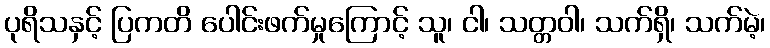
ပုရိသနှင့် ပြကတိ ပေါင်းဖက်မှုကြောင့် သူ၊ ငါ၊ သတ္တဝါ၊ သက်ရှိ၊ သက်မဲ့၊